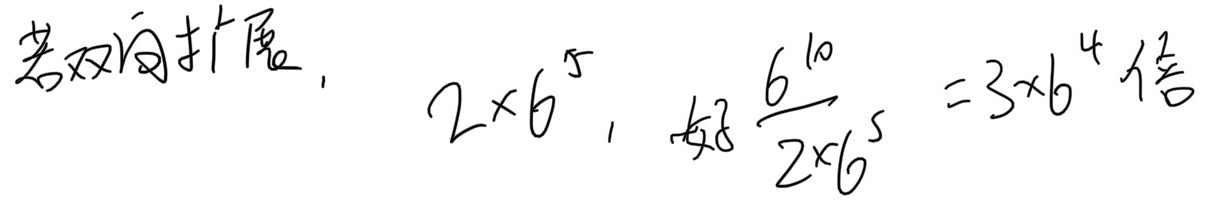
若双向扩展，\(2\times6^{5}\)，好 \(\frac{6^{10}}{2\times6^{5}} = 3\times6^{4}\) 倍